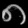
Digit: ၈